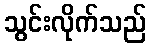
သွင်းလိုက်သည်